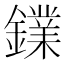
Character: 𨭥